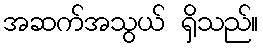
အဆက်အသွယ် ရှိသည်။